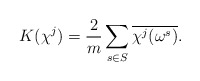
\begin{align*}K(\chi^j)=\frac{2}{m}\sum_{s\in S}\overline{\chi^j(\omega^s)}.\end{align*}